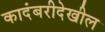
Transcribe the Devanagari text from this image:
कादंबरीदेखील